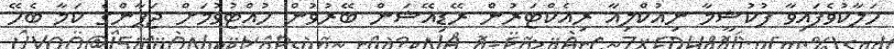
ހަލާކުވެފައިވާ ފުކުޝީމާ ނިއުކްލިއާ ރިއެކްޓަރުން ރޭޑިއޭޝަން ބޭރުވުން ހުއްޓުވުމަށް ޖަޕާންގެ ކަމާ ބެހޭ